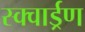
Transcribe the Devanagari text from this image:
स्क्वार्ड्रण